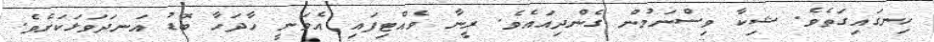
ހިނގައިގަތެވެ. ޝިކާ ވިސްނަމުން ގެންދިއައެވެ. ރީނާ ވެއްޓިފައި އެވަނީ ހާދަހާ ބޮޑު އަނދަވަޅަކަށެވެ.